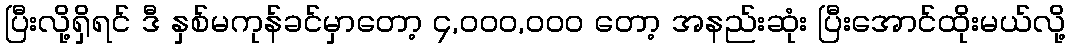
ပြီးလို့ရှိရင် ဒီ နှစ်မကုန်ခင်မှာတော့ ၄,၀၀၀,၀၀၀ တော့ အနည်းဆုံး ပြီးအောင်ထိုးမယ်လို့